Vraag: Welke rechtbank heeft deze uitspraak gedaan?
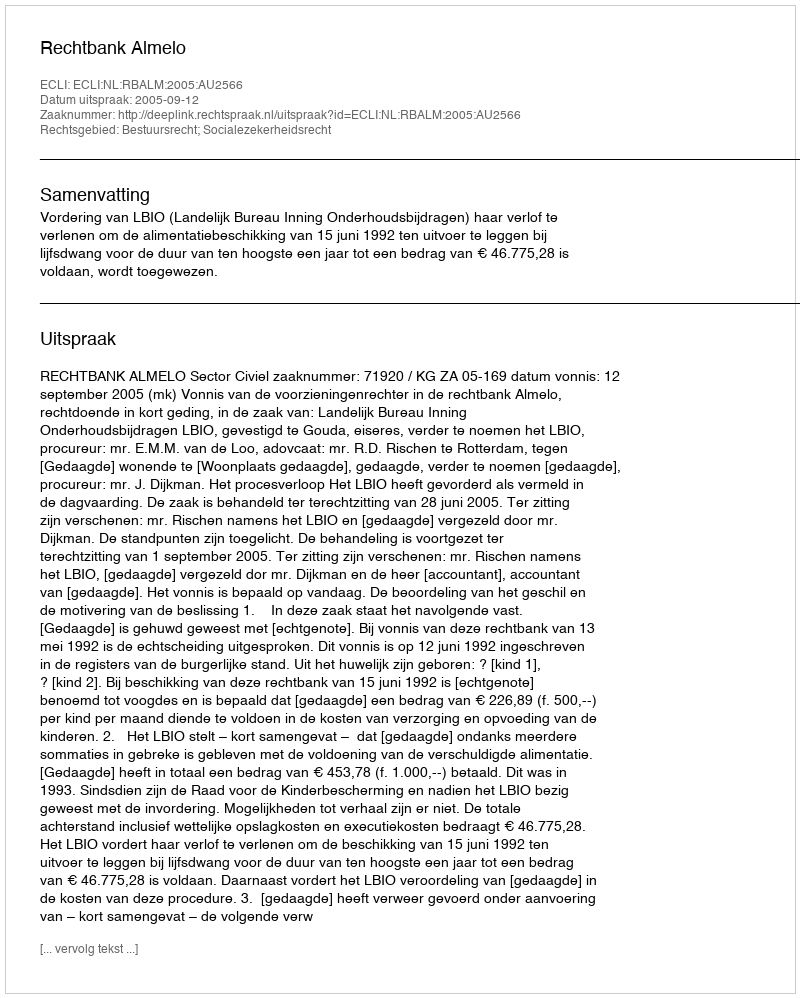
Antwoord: Rechtbank Almelo